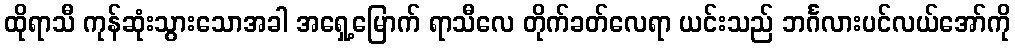
ထိုရာသီ ကုန်ဆုံးသွားသောအခါ အရှေ့မြောက် ရာသီလေ တိုက်ခတ်လေရာ ယင်းသည် ဘင်္ဂလားပင်လယ်အော်ကို